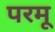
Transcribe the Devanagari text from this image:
परमू